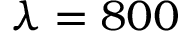
\lambda = 8 0 0